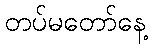
တပ်မတော်နေ့